Lunatic asylums Madras 1877-1891 - 1877-1891
Year: 1877
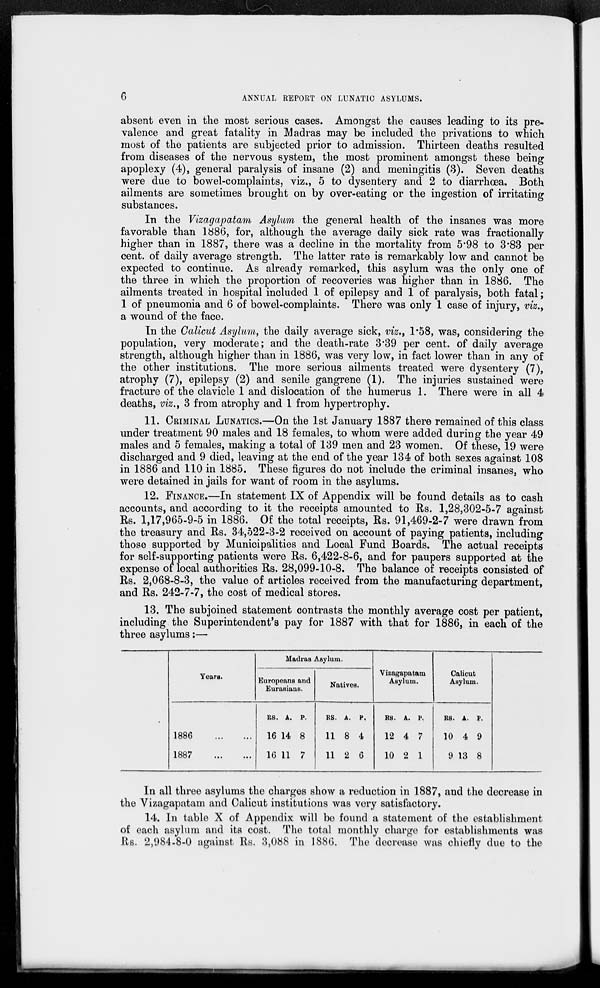
6
ANNUAL REPORT ON LUNATIC ASYLUMS.
absent even in the most serious cases. Amongst the causes leading to its pre-
valence and great fatality in Madras may be included the privations to which
most of the patients are subjected prior to admission. Thirteen deaths resulted
from diseases of the nervous system, the most prominent amongst these being
apoplexy (4), general paralysis of insane (2) and meningitis (3). Seven deaths
were due to bowel-complaints, viz., 5 to dysentery and 2 to diarrhœa. Both
ailments are sometimes brought on by over-eating or the ingestion of irritating
substances.
In the Vizagapatam Asylum the general health of the insanes was more
favorable than 1886, for, although the average daily sick rate was fractionally
higher than in 1887, there was a decline in the mortality from 5.98 to 3.83 per
cent. of daily average strength. The latter rate is remarkably low and cannot be
expected to continue. As already remarked, this asylum was the only one of
the three in which the proportion of recoveries was higher than in 1886. The
ailments treated in hospital included 1 of epilepsy and 1 of paralysis, both fatal ;
1 of pneumonia and 6 of bowel-complaints. There was only 1 case of injury, viz.,
a wound of the face.
In the Calicut Asylum, the daily average sick, viz., 1.58, was, considering the
population, very moderate; and the death-rate 3.39 per cent. of daily average
strength, although higher than in 1886, was very low, in fact lower than in any of
the other institutions. The more serious ailments treated were dysentery (7),
atrophy (7), epilepsy (2) and senile gangrene (1). The injuries sustained were
fracture of the clavicle 1 and dislocation of the humerus 1. There were in all 4
deaths, viz., 3 from atrophy and 1 from hypertrophy.
11. CRIMINAL LUNATICS.—On the 1st January 1887 there remained of this class
under treatment 90 males and 18 females, to whom were added during the year 49
males and 5 females, making a total of 139 men and 23 women. Of these, 19 were
discharged and 9 died, leaving at the end of the year 134 of both sexes against 108
in 1886 and 110 in 1885. These figures do not include the criminal insanes, who
were detained in jails for want of room in the asylums.
12. FINANCE.—In statement IX of Appendix will be found details as to cash
accounts, and according to it the receipts amounted to Rs. 1,28,302-5-7 against
Rs. 1,17,965-9-5 in 1886. Of the total receipts, Rs. 91,469-2-7 were drawn from
the treasury and Rs. 34,522-3-2 received on account of paying patients, including
those supported by Municipalities and Local Fund Boards. The actual receipts
for self-supporting patients were Rs. 6,422-8-6, and for paupers supported at the
expense of local authorities Rs. 28,099-10-8. The balance of receipts consisted of
Rs. 2,068-8-3, the value of articles received from the manufacturing department,
and Rs. 242-7-7, the cost of medical stores.
13. The subjoined statement contrasts the monthly average cost per patient,
including the Superintendent's pay for 1887 with that for 1886, in each of the
three asylums :—
Years.
1886
...
...
1887
...
...
Madras Asylum.
Europeans and
Eurasians.
RS.
16
16
A.
14
11
P.
8
7
Natives.
RS.
11
11
A.
8
2
P.
4
6
Vizagapatam
Asylum.
RS.
12
10
A.
4
2
P.
7
1
Calicut
Asylum.
RS.
10
9
A.
4
13
P.
9
8
In all three asylums the charges show a reduction in 1887, and the decrease in
the Vizagapatam and Calicut institutions was very satisfactory.
14. In table X of Appendix will be found a statement of the establishment
of each asylum and its cost. The total monthly charge for establishments was
Rs. 2,984-8-0 against Rs. 3,088 in 1886. The decrease was chiefly due to the